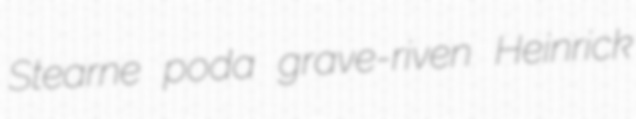
Stearne poda grave-riven Heinrick